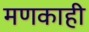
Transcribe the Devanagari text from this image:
मणकाही